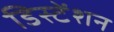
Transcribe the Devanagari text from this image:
डिस्टेंशन